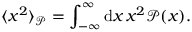
\langle x ^ { 2 } \rangle _ { \mathcal { P } } = \int _ { - \infty } ^ { \infty } \mathrm { d } x \, x ^ { 2 } \mathcal { P } ( x ) .